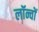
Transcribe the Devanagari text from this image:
लॉन्चों